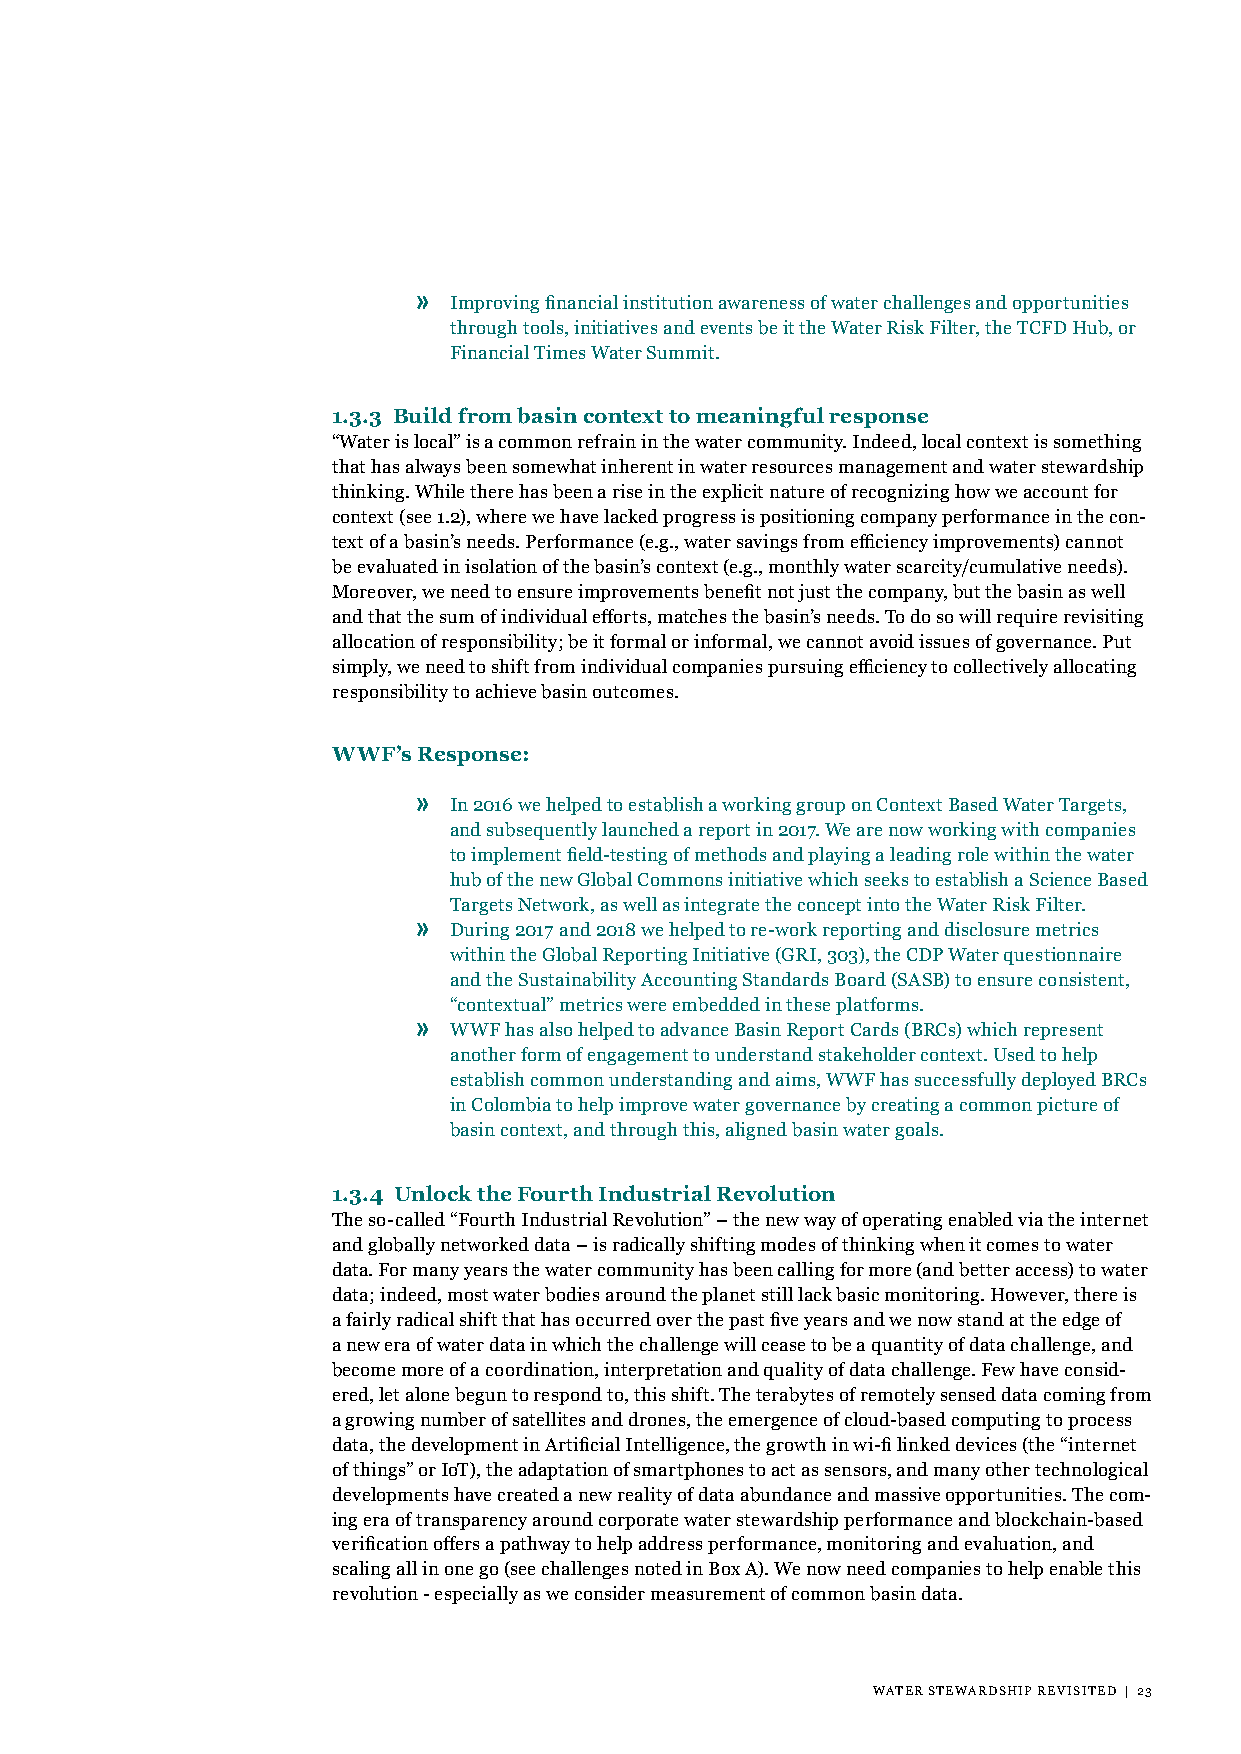
»
 Improving financial institution awareness of water challenges and opportunities
 through tools, initiatives and events be it the Water Risk Filter, the TCFD Hub, or
 Financial Times Water Summit.
 1.3.3 Build from basin context to meaningful response
 “Water is local” is a common refrain in the water community. Indeed, local context is something
 that has always been somewhat inherent in water resources management and water stewardship
 thinking. While there has been a rise in the explicit nature of recognizing how we account for
 context (see 1.2), where we have lacked progress is positioning company performance in the con-
 text of a basin’s needs. Performance (e.g., water savings from efficiency improvements) cannot
 be evaluated in isolation of the basin’s context (e.g., monthly water scarcity/cumulative needs).
 Moreover, we need to ensure improvements benefit not just the company, but the basin as well
 and that the sum of individual efforts, matches the basin’s needs. To do so will require revisiting
 allocation of responsibility; be it formal or informal, we cannot avoid issues of governance. Put
 simply, we need to shift from individual companies pursuing efficiency to collectively allocating
 responsibility to achieve basin outcomes.
 WWF’s Response:
 »
 In 2016 we helped to establish a working group on Context Based Water Targets,
 and subsequently launched a report in 2017. We are now working with companies
 to implement field-testing of methods and playing a leading role within the water
 hub of the new Global Commons initiative which seeks to establish a Science Based
 Targets Network, as well as integrate the concept into the Water Risk Filter.
 »
 During 2017 and 2018 we helped to re-work reporting and disclosure metrics
 within the Global Reporting Initiative (GRI, 303), the CDP Water questionnaire
 and the Sustainability Accounting Standards Board (SASB) to ensure consistent,
 “contextual” metrics were embedded in these platforms.
 »
 WWF has also helped to advance Basin Report Cards (BRCs) which represent
 another form of engagement to understand stakeholder context. Used to help
 establish common understanding and aims, WWF has successfully deployed BRCs
 in Colombia to help improve water governance by creating a common picture of
 basin context, and through this, aligned basin water goals.
 1.3.4 Unlock the Fourth Industrial Revolution
 The so-called “Fourth Industrial Revolution” – the new way of operating enabled via the internet
 and globally networked data – is radically shifting modes of thinking when it comes to water
 data. For many years the water community has been calling for more (and better access) to water
 data; indeed, most water bodies around the planet still lack basic monitoring. However, there is
 a fairly radical shift that has occurred over the past five years and we now stand at the edge of
 a new era of water data in which the challenge will cease to be a quantity of data challenge, and
 become more of a coordination, interpretation and quality of data challenge. Few have consid-
 ered, let alone begun to respond to, this shift. The terabytes of remotely sensed data coming from
 a growing number of satellites and drones, the emergence of cloud-based computing to process
 data, the development in Artificial Intelligence, the growth in wi-fi linked devices (the “internet
 of things” or IoT), the adaptation of smartphones to act as sensors, and many other technological
 developments have created a new reality of data abundance and massive opportunities. The com-
 ing era of transparency around corporate water stewardship performance and blockchain-based
 verification offers a pathway to help address performance, monitoring and evaluation, and
 scaling all in one go (see challenges noted in Box A). We now need companies to help enable this
 revolution - especially as we consider measurement of common basin data.
 WATER STEWARDSHIP REVISITED | 23